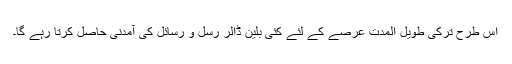
اس طرح ترکی طویل المدت عرصے کے لئے کئی بلین ڈالر رسل و رسائل کی آمدنی حاصل کرتا رہے گا۔